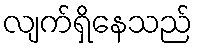
လျက်ရှိနေသည်